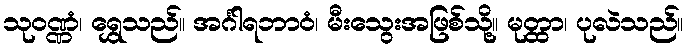
သုဝဏ္ဏံ၊ ရွှေသည်။ အင်္ဂါရဘာဝံ၊ မီးသွေးအဖြစ်သို့။ မုတ္ထာ၊ ပုလဲသည်။